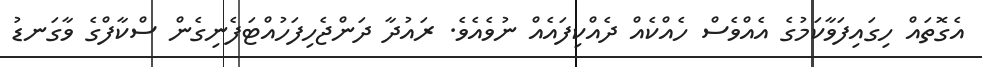
އެގޮތައް ހިގައިފަވާކަމުގެ އެއްވެސް ހެއްކެއް ދެއްކިފައެއް ނުވެއެވެ. ރައުދާ ދަންޖެހިފަހުއްޓަފެނިގެން ސްކާފްގެ ވާގަނޑު